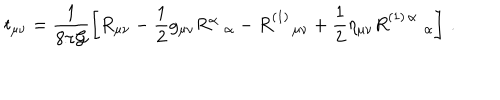
t _ { \mu \nu } = \frac { 1 } { 8 \pi { \cal G } } \left[ R _ { \mu \nu } - \frac { 1 } { 2 } g _ { \mu \nu } R _ { \alpha } ^ { \alpha } - R _ { \; \mu \nu } ^ { ( 1 ) } + \frac { 1 } { 2 } \eta _ { \mu \nu } R _ { \; \alpha } ^ { ( 1 ) \, \alpha } \right] \, .